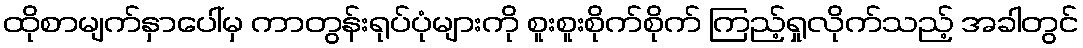
ထိုစာမျက်နှာပေါ်မှ ကာတွန်းရုပ်ပုံများကို စူးစူးစိုက်စိုက် ကြည့်ရှုလိုက်သည့် အခါတွင်